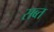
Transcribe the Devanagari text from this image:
सब्त